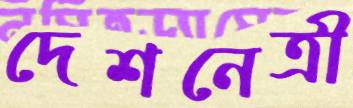
দেশনেত্রী